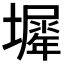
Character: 𡒛